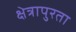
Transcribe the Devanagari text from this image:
क्षेत्रापुरता